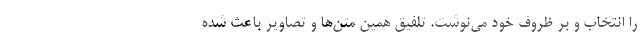
را انتخاب و بر ظروف خود می‌نوشت. تلفیق همین متن‌ها و تصاویر باعث شده